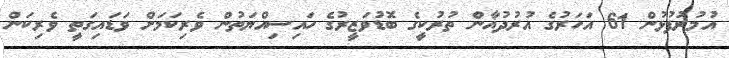
އުމުރުފުޅުން 61 އަހަރުގެ އުރުދުޣާން ތުރުކީގެ ބޮޑުވަޒީރުގެ ހައިސިއްޔަތުން ވެރިކަމަށް ވަޑައިގަތީ ވެރިކަން